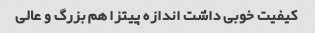
کیفیت خوبی داشت اندازه پیتزا هم بزرگ و عالی